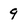
Character: 9